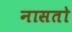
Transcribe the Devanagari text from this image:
नासतो